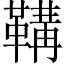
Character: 鞲